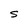
Character: S